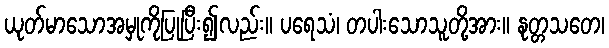
ယုတ်မာသောအမှုကိုပြုပြီး၍လည်း။ ပရေသံ၊ တပါးသောသူတို့အား။ နုတ္တသတေ၊